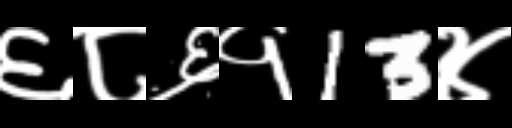
Text: ६८६१13४